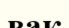
вак